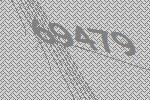
69479